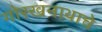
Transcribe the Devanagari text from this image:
गोरखनाथाचे